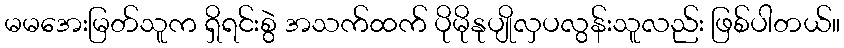
မမအေးမြတ်သူက ရှိရင်းစွဲ အသက်ထက် ပိုမိုနုပျိုလှပလွန်းသူလည်း ဖြစ်ပါတယ်။